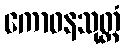
ကောဓနသုတ္တံ